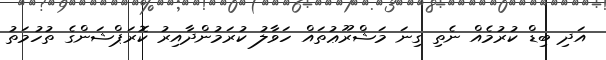
އަދި ބިޑް ކުރުމެއް ނެތި ގިނަ މަޝްރޫޢުތައް ހަވާލު ކުރަމުންދާއިރު ކޮރަޕްޝަންގެ ތުހުމަތު